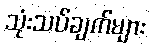
သုံးသပ်ချက်များ